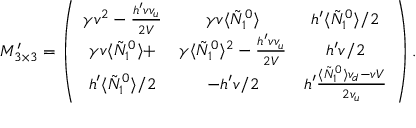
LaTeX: M _ { 3 \times 3 } ^ { \prime } = \left( \begin{array} { c c c } { { \gamma v ^ { 2 } - \frac { h ^ { \prime } v v _ { u } } { 2 V } } } & { { \gamma v \langle \tilde { N } _ { 1 } ^ { 0 } \rangle } } & { { h ^ { \prime } \langle \tilde { N } _ { 1 } ^ { 0 } \rangle / 2 } } \\ { { \gamma v \langle \tilde { N } _ { 1 } ^ { 0 } \rangle + } } & { { \gamma \langle \tilde { N } _ { 1 } ^ { 0 } \rangle ^ { 2 } - \frac { h ^ { \prime } v v _ { u } } { 2 V } } } & { { h ^ { \prime } v / 2 } } \\ { { h ^ { \prime } \langle \tilde { N } _ { 1 } ^ { 0 } \rangle / 2 } } & { { - h ^ { \prime } v / 2 } } & { { h ^ { \prime } \frac { \langle \tilde { N } _ { 1 } ^ { 0 } \rangle v _ { d } - v V } { 2 v _ { u } } } } \end{array} \right) .